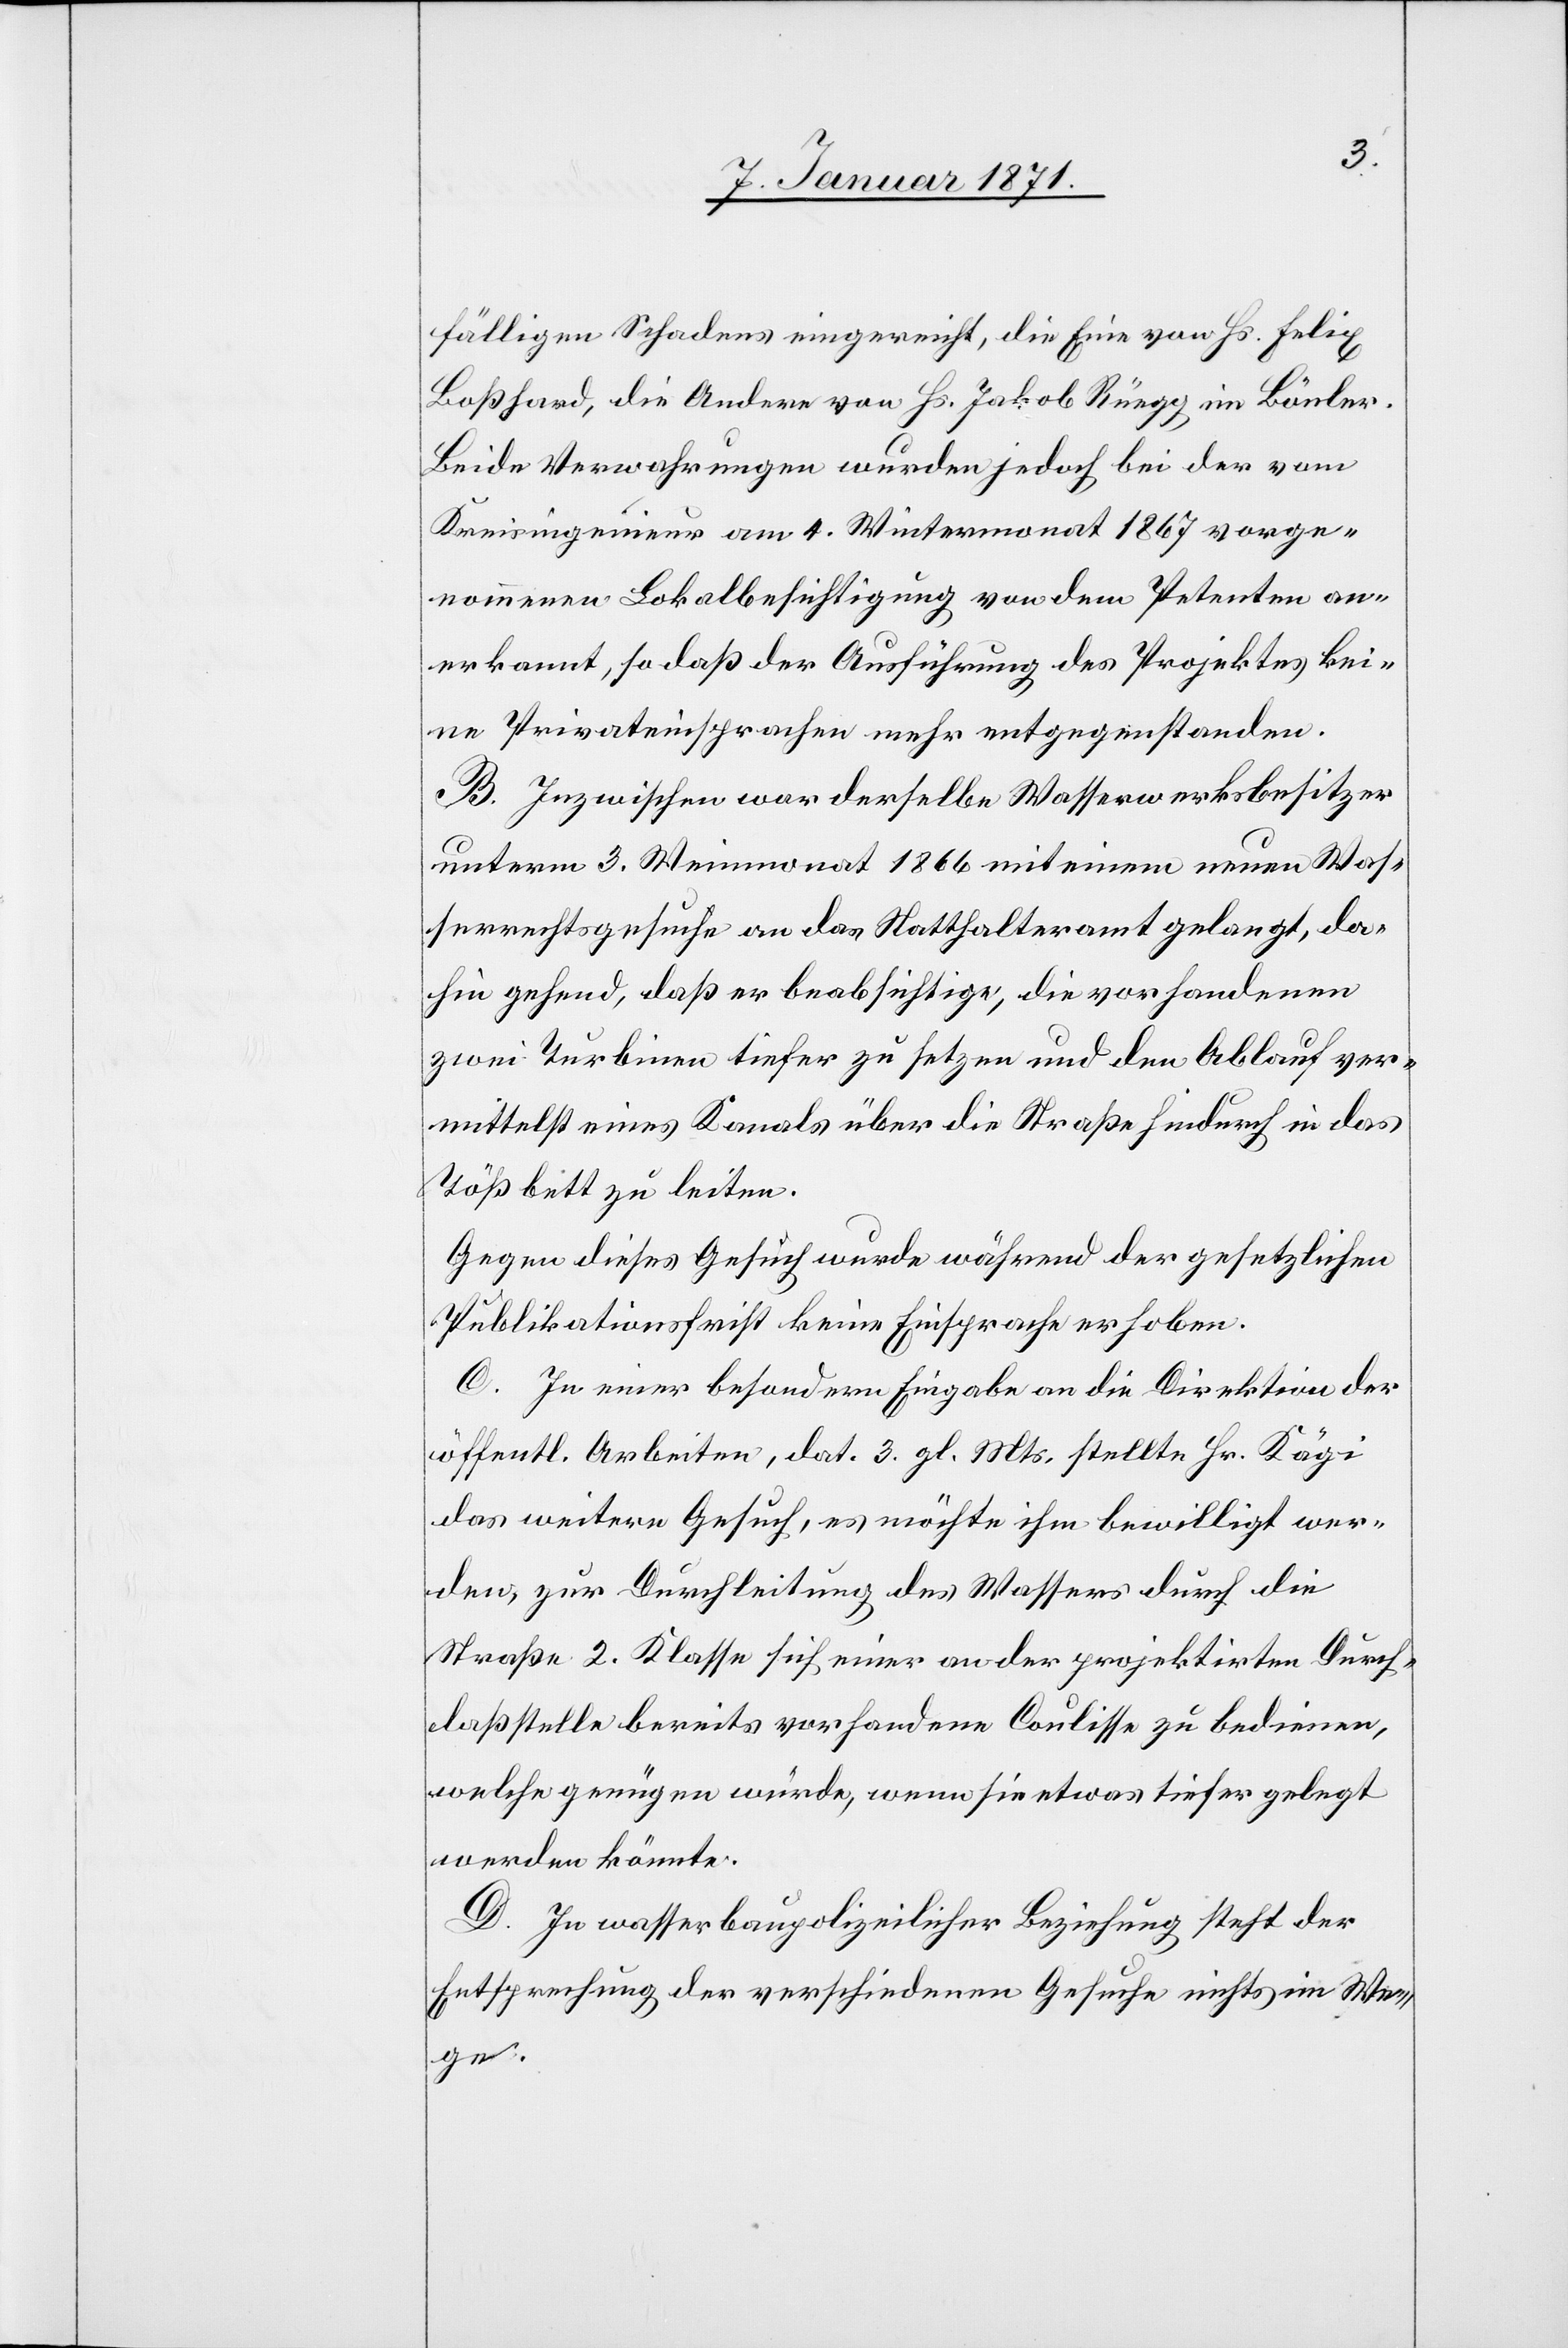
fälligen Schadens eingereicht, die Eine von Hs. Felix
Boßhard, die Andere von Hs. Jakob Rüegg im Bönler.
Beide Verwahrungen wurden jedoch bei der vom
Kreisingenieur am 4. Wintermonat 1867 vorge¬
nommenen Lokalbesichtigung von dem Petenten an¬
erkannt, so daß der Ausführung des Projektes kei¬
ne Privateinsprachen mehr entgegenstanden.
B. Inzwischen war derselbe Wasserwerksbesitzer
unterm 3. Weinmonat 1866 mit einem neuen Was¬
serrechtsgesuche an das Statthalteramt gelangt, da¬
hin gehend, daß er beabsichtige, die vorhandenen
zwei Turbinen tiefer zu setzen und den Ablauf ver¬
mittelst eines Kanals über die Straße hindurch in das
Tößbett zu leiten.
Gegen dieses Gesuch wurde während der gesetzlichen
Publikationsfrist keine Einsprache erhoben.
C. In einer besondern Eingabe an die Direktion der
öffentl. Arbeiten, dat. 3. gl. Mts. stellte Hr. Kägi
das weitere Gesuch, es möchte ihm bewilligt wer¬
den, zur Durchleitung des Wassers durch die
Straße 2. Klasse sich einer an der projektirten Durch¬
laßstelle bereits vorhandene[n] Coulisse zu bedienen,
welche genügen würde, wenn sie etwas tiefer gelegt
werden könnte.
D. In wasserbaupolizeilicher Beziehung steht der
Entsprechung der verschiedenen Gesuche nichts im We¬
ge.